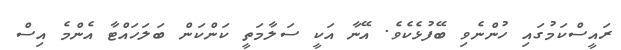
ރައީސްކަމުގައި ހުންނެވި ބޭފުޅެކެވެ. އޭނާ އަކީ ސަލާމަތީ ކަންކަން ބަލަހައްޓާ އެންމެ އިސް